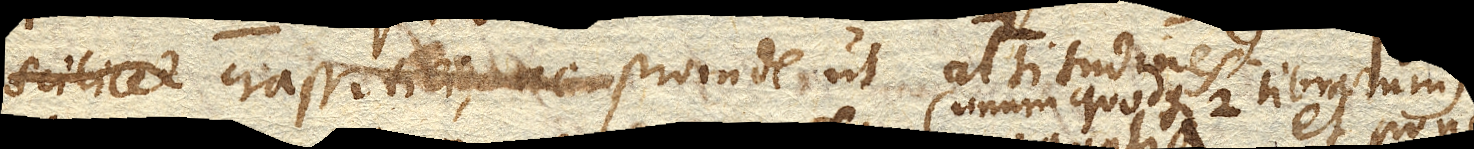
scilicet cum spatia supponam aequalis crassitiei ac proinde ut altitudines.